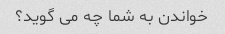
خواندن به شما چه می گوید؟